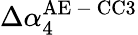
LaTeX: \Delta\alpha_{4}^{\mathrm{AE\mathrm{~-~}CC3}}